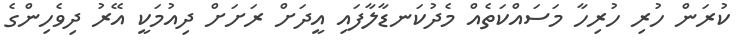
ކުރަން ހުރި ހުރިހާ މަސައްކަތެއް މެދުކަނޑާލާފައި އީދަށް ރަށަށް ދިއުމަކީ އޭރު ދިވެހިންގެ